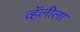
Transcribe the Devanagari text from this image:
व्हॅलीला